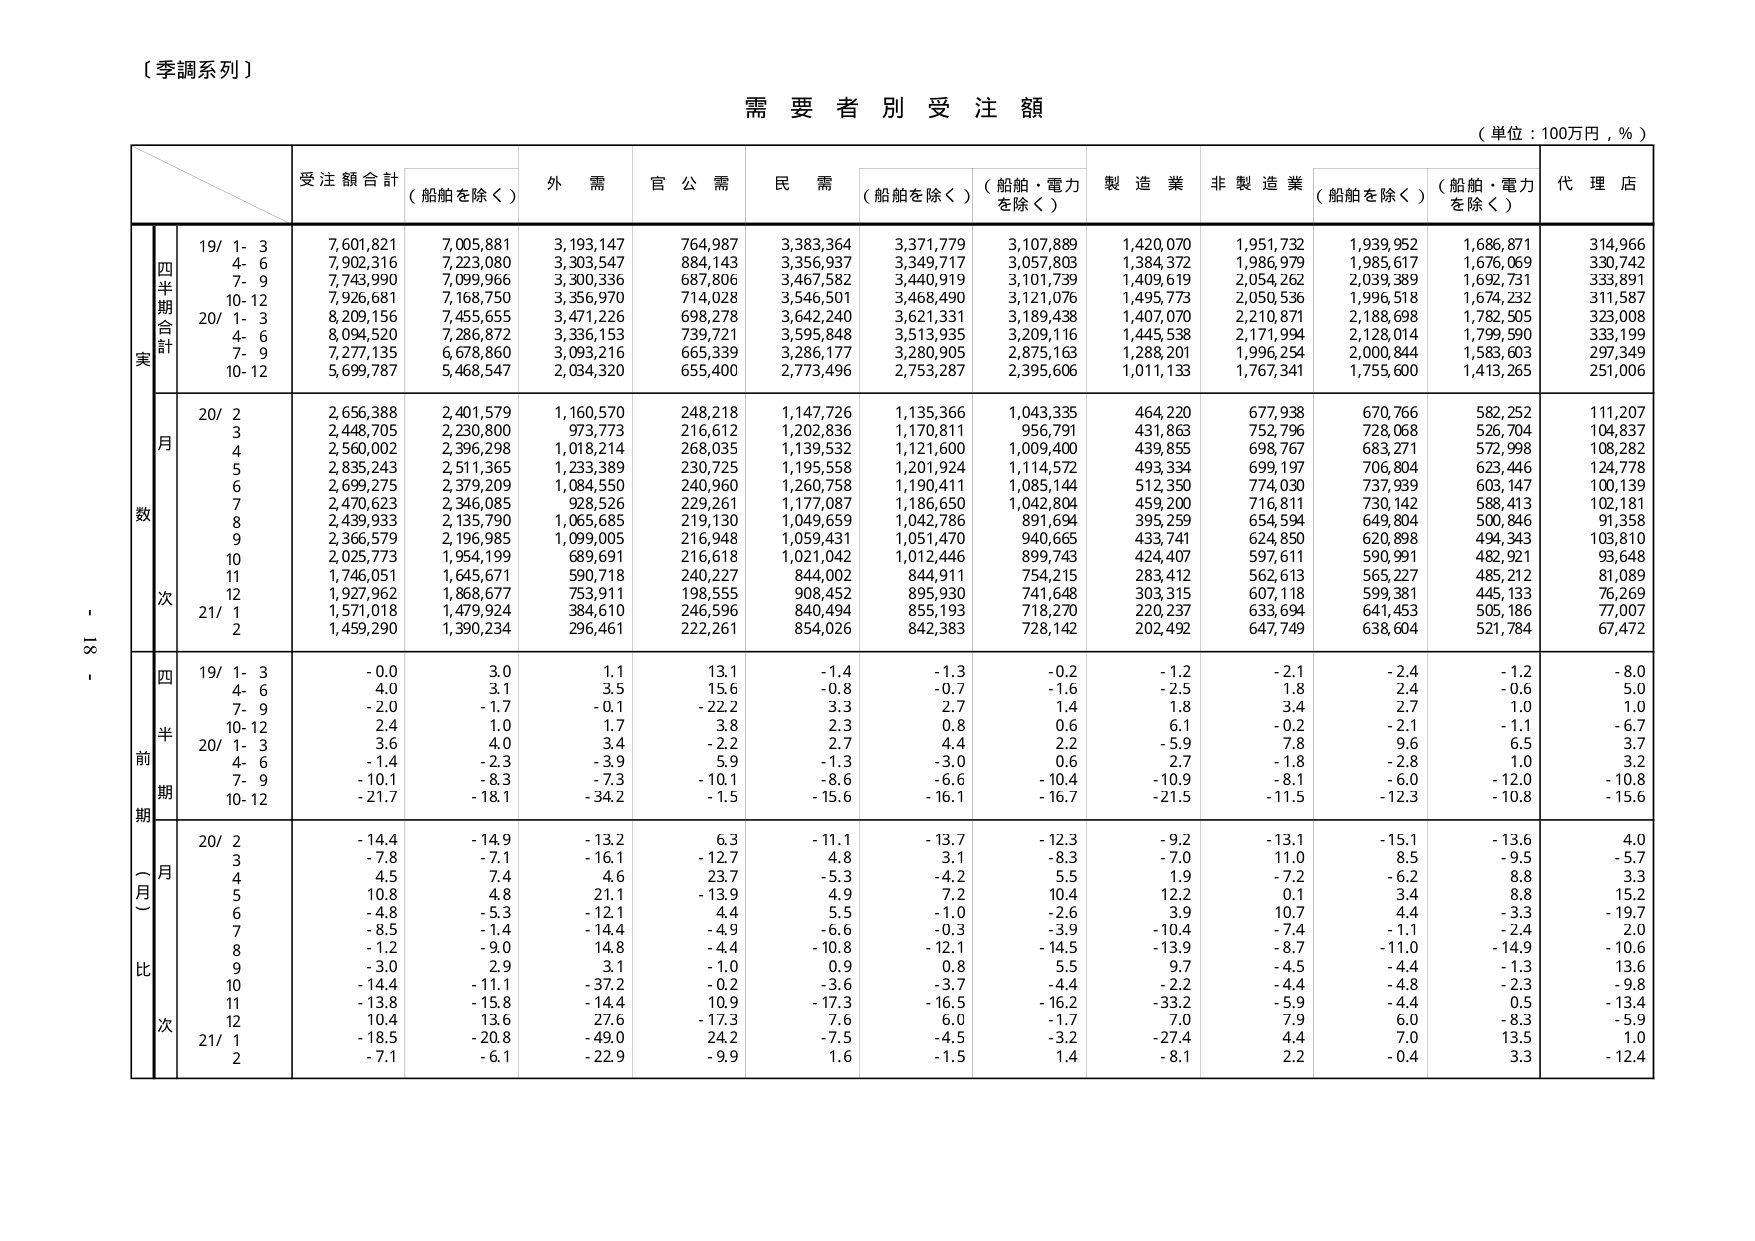
（季調系列）

需要者別受注額

（単位：100万円，％）

受注額合計 （船舶を除く） 外需 官公需 民需 （船舶を除く） （船舶・電力を除く） 製造業 非製造業 （船舶を除く） （船舶・電力を除く） 代理店

四半期合計
実数
19/ 1- 3 7,601,821 7,005,881 3,193,147 764,987 3,383,364 3,371,779 3,107,889 1,420,070 1,951,732 1,939,952 1,686,871 314,966
4- 6 7,902,316 7,223,080 3,303,547 884,143 3,356,937 3,349,717 3,057,803 1,384,372 1,986,979 1,985,617 1,676,069 330,742
7- 9 7,743,990 7,099,966 3,300,336 687,806 3,467,582 3,440,919 3,101,739 1,409,619 2,054,262 2,039,389 1,692,731 333,891
10-12 7,926,681 7,168,750 3,356,970 714,028 3,546,501 3,468,490 3,121,076 1,495,773 2,050,536 1,996,518 1,674,232 311,587
20/ 1- 3 8,209,156 7,455,655 3,471,226 698,278 3,642,240 3,621,331 3,189,438 1,407,070 2,210,871 2,188,698 1,782,505 323,008
4- 6 8,094,520 7,286,872 3,336,153 739,721 3,595,848 3,513,935 3,209,116 1,445,538 2,171,994 2,128,014 1,799,590 333,199
7- 9 7,277,135 6,678,860 3,093,216 665,339 3,286,177 3,280,905 2,875,163 1,288,201 1,996,254 2,000,844 1,583,603 297,349
10-12 5,699,787 5,468,547 2,034,320 655,400 2,773,496 2,753,287 2,395,606 1,011,133 1,767,341 1,755,600 1,413,265 251,006

月
数
20/ 2 2,656,388 2,401,579 1,160,570 248,218 1,147,726 1,135,366 1,043,335 464,220 677,938 670,766 582,252 111,207
3 2,448,705 2,230,800 973,773 216,612 1,202,836 1,170,811 956,791 431,863 752,796 728,068 526,704 104,837
4 2,560,002 2,396,298 1,018,214 268,035 1,139,532 1,121,600 1,009,400 439,855 698,767 683,271 572,998 108,282
5 2,835,243 2,511,365 1,233,389 230,725 1,195,558 1,201,924 1,114,572 493,334 699,197 706,804 623,446 124,778
6 2,699,275 2,379,209 1,084,550 240,960 1,260,758 1,190,411 1,085,144 512,350 774,030 737,939 603,147 100,139
7 2,470,623 2,346,085 928,526 229,261 1,177,087 1,186,650 1,042,804 459,200 716,811 730,142 588,413 102,181
8 2,439,933 2,135,790 1,065,685 219,130 1,049,659 1,042,786 891,694 395,259 654,594 649,804 500,846 91,358
9 2,366,579 2,196,985 1,099,005 216,948 1,059,431 1,051,470 940,665 433,741 624,850 620,898 494,343 103,810
10 2,025,773 1,954,199 689,691 216,618 1,021,042 1,012,446 899,743 424,407 597,611 590,991 482,921 93,648
11 1,746,051 1,645,671 590,718 240,227 844,002 844,911 754,215 283,412 562,613 565,227 485,212 81,089
12 1,927,962 1,868,677 753,911 198,555 908,452 895,930 741,648 303,315 607,118 599,381 445,133 76,269
21/ 1 1,571,018 1,479,924 384,610 246,596 840,494 855,193 718,270 220,237 633,694 641,453 505,186 77,007
2 1,459,290 1,390,234 296,461 222,261 854,026 842,383 728,142 202,492 647,749 638,604 521,784 67,472

四半期前比
19/ 1- 3 -0.0 3.0 1.1 13.1 -1.4 -1.3 -0.2 -1.2 -2.1 -2.4 -1.2 -8.0
4- 6 4.0 3.1 3.5 15.6 -0.8 -0.7 -1.6 -2.5 1.8 2.4 -0.6 5.0
7- 9 -2.0 -1.7 -0.1 -22.2 3.3 2.7 1.4 1.8 3.4 2.7 1.0 1.0
10-12 2.4 1.0 1.7 3.8 2.3 0.8 0.6 6.1 -0.2 -2.1 -1.1 -6.7
20/ 1- 3 3.6 4.0 3.4 -2.2 2.7 4.4 2.2 -5.9 7.8 9.6 6.5 3.7
4- 6 -1.4 -2.3 -3.9 5.9 -1.3 -3.0 0.6 2.7 -1.8 -2.8 1.0 3.2
7- 9 -10.1 -8.3 -7.3 -10.1 -8.6 -6.6 -10.4 -10.9 -8.1 -6.0 -12.0 -10.8
10-12 -21.7 -18.1 -34.2 -1.5 -15.6 -16.1 -16.7 -21.5 -11.5 -12.3 -10.8 -15.6

（月）比
20/ 2 -14.4 -14.9 -13.2 6.3 -11.1 -13.7 -12.3 -9.2 -13.1 -15.1 -13.6 4.0
3 -7.8 -7.1 -16.1 -12.7 4.8 3.1 -8.3 -7.0 11.0 8.5 -9.5 -5.7
4 4.5 7.4 4.6 23.7 -5.3 -4.2 5.5 1.9 -7.2 -6.2 8.8 3.3
5 10.8 4.8 21.1 -13.9 4.9 7.2 10.4 12.2 0.1 3.4 8.8 15.2
6 -4.8 -5.3 -12.1 4.4 5.5 -1.0 -2.6 3.9 10.7 4.4 -3.3 -19.7
7 -8.5 -1.4 -14.4 -4.9 -6.6 -0.3 -3.9 -10.4 -7.4 -1.1 -2.4 2.0
8 -1.2 -9.0 14.8 -4.4 -10.8 -12.1 -14.5 -13.9 -8.7 -11.0 -14.9 -10.6
9 -3.0 2.9 3.1 -1.0 0.9 0.8 5.5 9.7 -4.5 -4.4 -1.3 13.6
10 -14.4 -11.1 -37.2 -0.2 -3.6 -3.7 -4.4 -2.2 -4.4 -4.8 -2.3 -9.8
11 -13.8 -15.8 -14.4 10.9 -17.3 -16.5 -16.2 -33.2 -5.9 -4.4 0.5 -13.4
12 10.4 13.6 27.6 -17.3 7.6 6.0 -1.7 7.0 7.9 6.0 -8.3 -5.9
21/ 1 -18.5 -20.8 -49.0 24.2 -7.5 -4.5 -3.2 -27.4 4.4 7.0 13.5 1.0
2 -7.1 -6.1 -22.9 -9.9 1.6 -1.5 1.4 -8.1 2.2 -0.4 3.3 -12.4

- 18 -